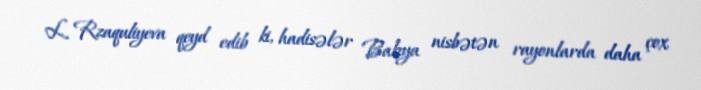
L. Rzaquliyeva qeyd edib ki, hadisələr Bakıya nisbətən rayonlarda daha çox